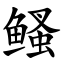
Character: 鳋